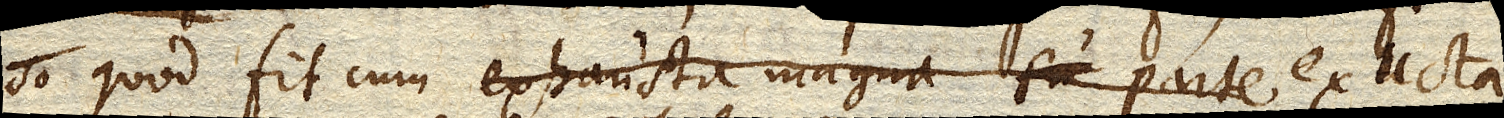
so quod fit cum exhausta magna parte exucta